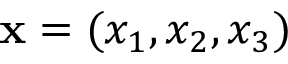
\mathbf { x } = ( x _ { 1 } , x _ { 2 } , x _ { 3 } )